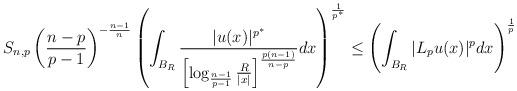
LaTeX: \begin{align*}\begin{aligned}S_{n,p}\left(\frac{n-p}{p-1}\right)^{-\frac{n-1}{n}}\left( \int_{B_{R}}\frac{|u(x)|^{p^{*}}} { \left[\log_{{\frac{n-1}{p-1}}}\frac{R}{|x|}\right]^{\frac{p(n-1)}{n-p}} }dx \right)^{\frac{1}{p^{*}}}\le\Biggl( \int_{{B_{R}}}|L_p u(x)|^{p} dx\Biggr)^{{\frac{1}{p}}}\end{aligned}\end{align*}